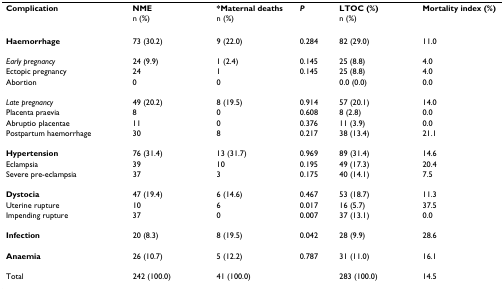
| Complication | NME | *Maternal deaths | P | LTOC (%) | Mortality index (%) |
 |  | n (%) | n (%) |  | n (%) |  |
 | --- | --- | --- | --- | --- | --- |
 | Haemorrhage | 73 (30.2) | 9 (22.0) | 0.284 | 82 (29.0) | 11.0 |
 | Early pregnancy | 24 (9.9) | 1 (2.4) | 0.145 | 25 (8.8) | 4.0 |
 | Ectopic pregnancy | 24 | 1 | 0.145 | 25 (8.8) | 4.0 |
 | Abortion | 0 | 0 |  | 0.0 (0.0) | 0.0 |
 | Late pregnancy | 49 (20.2) | 8 (19.5) | 0.914 | 57 (20.1) | 14.0 |
 | Placenta praevia | 8 | 0 | 0.608 | 8 (2.8) | 0.0 |
 | Abruptio placentae | 11 | 0 | 0.376 | 11 (3.9) | 0.0 |
 | Postpartum haemorrhage | 30 | 8 | 0.217 | 38 (13.4) | 21.1 |
 | Hypertension | 76 (31.4) | 13 (31.7) | 0.969 | 89 (31.4) | 14.6 |
 | Eclampsia | 39 | 10 | 0.195 | 49 (17.3) | 20.4 |
 | Severe pre-eclampsia | 37 | 3 | 0.175 | 40 (14.1) | 7.5 |
 | Dystocia | 47 (19.4) | 6 (14.6) | 0.467 | 53 (18.7) | 11.3 |
 | Uterine rupture | 10 | 6 | 0.017 | 16 (5.7) | 37.5 |
 | Impending rupture | 37 | 0 | 0.007 | 37 (13.1) | 0.0 |
 | Infection | 20 (8.3) | 8 (19.5) | 0.042 | 28 (9.9) | 28.6 |
 | Anaemia | 26 (10.7) | 5 (12.2) | 0.787 | 31 (11.0) | 16.1 |
 | Total | 242 (100.0) | 41 (100.0) |  | 283 (100.0) | 14.5 |